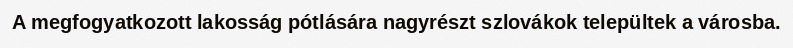
A megfogyatkozott lakosság pótlására nagyrészt szlovákok települtek a városba.